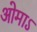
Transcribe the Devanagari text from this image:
ओमाऽ